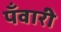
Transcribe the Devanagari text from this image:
पँवारी